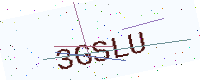
Text: 3GSLU